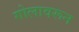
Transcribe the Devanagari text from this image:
गोलावरून